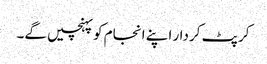
کرپٹ کردار اپنے انجام کو پہنچیں گے۔